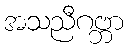
အသညီဂဗ္ဘာ